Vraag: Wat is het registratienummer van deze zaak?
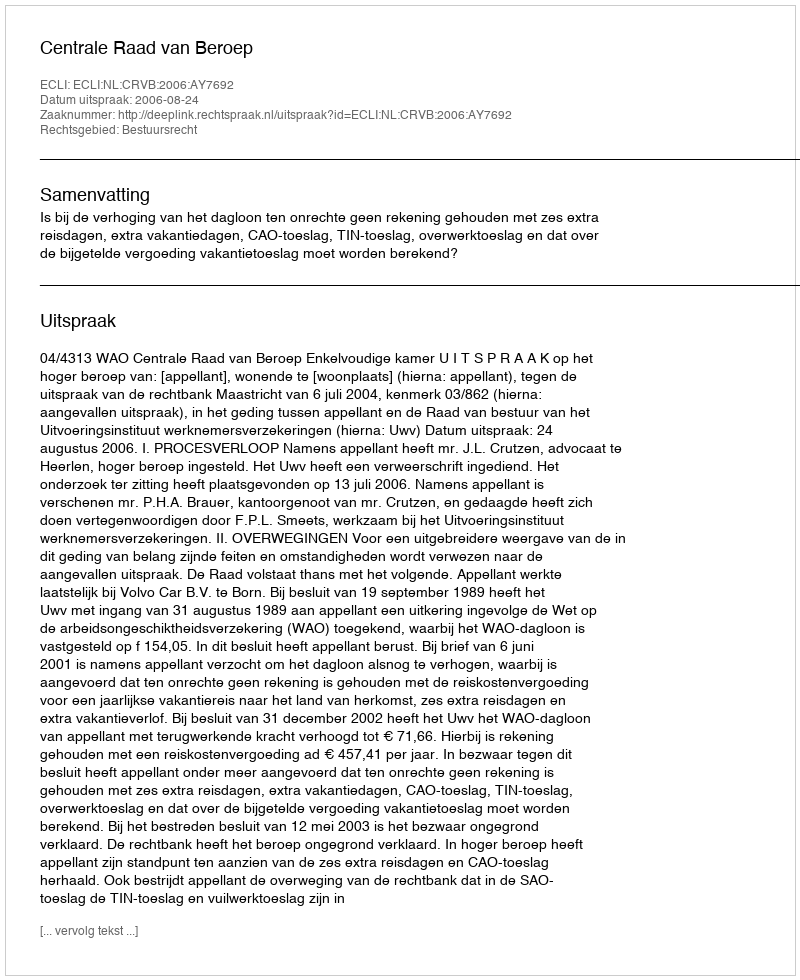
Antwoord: http://deeplink.rechtspraak.nl/uitspraak?id=ECLI:NL:CRVB:2006:AY7692